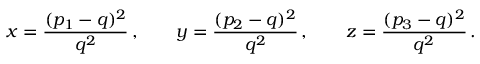
x = \frac { ( p _ { 1 } - q ) ^ { 2 } } { q ^ { 2 } } \, , \qquad y = \frac { ( p _ { 2 } - q ) ^ { 2 } } { q ^ { 2 } } \, , \qquad z = \frac { ( p _ { 3 } - q ) ^ { 2 } } { q ^ { 2 } } \, .